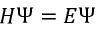
H \Psi = E \Psi